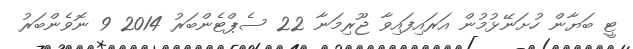
ޓީ ބަޔާން ހުށަނޭޅުމުން އަރައިފައިވާ ޖޫރިމަނާ 22 ސެޕްޓެންބަރު 2014 9 ނޮވެންބަރު